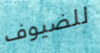
للضيوف